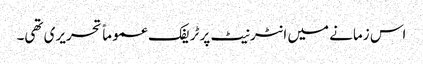
اس زمانے میں انٹرنیٹ پر ٹریفک عموماً تحریری تھی۔